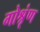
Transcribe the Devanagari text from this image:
गोश्रृंण